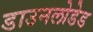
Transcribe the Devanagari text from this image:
डाउनलोडेड